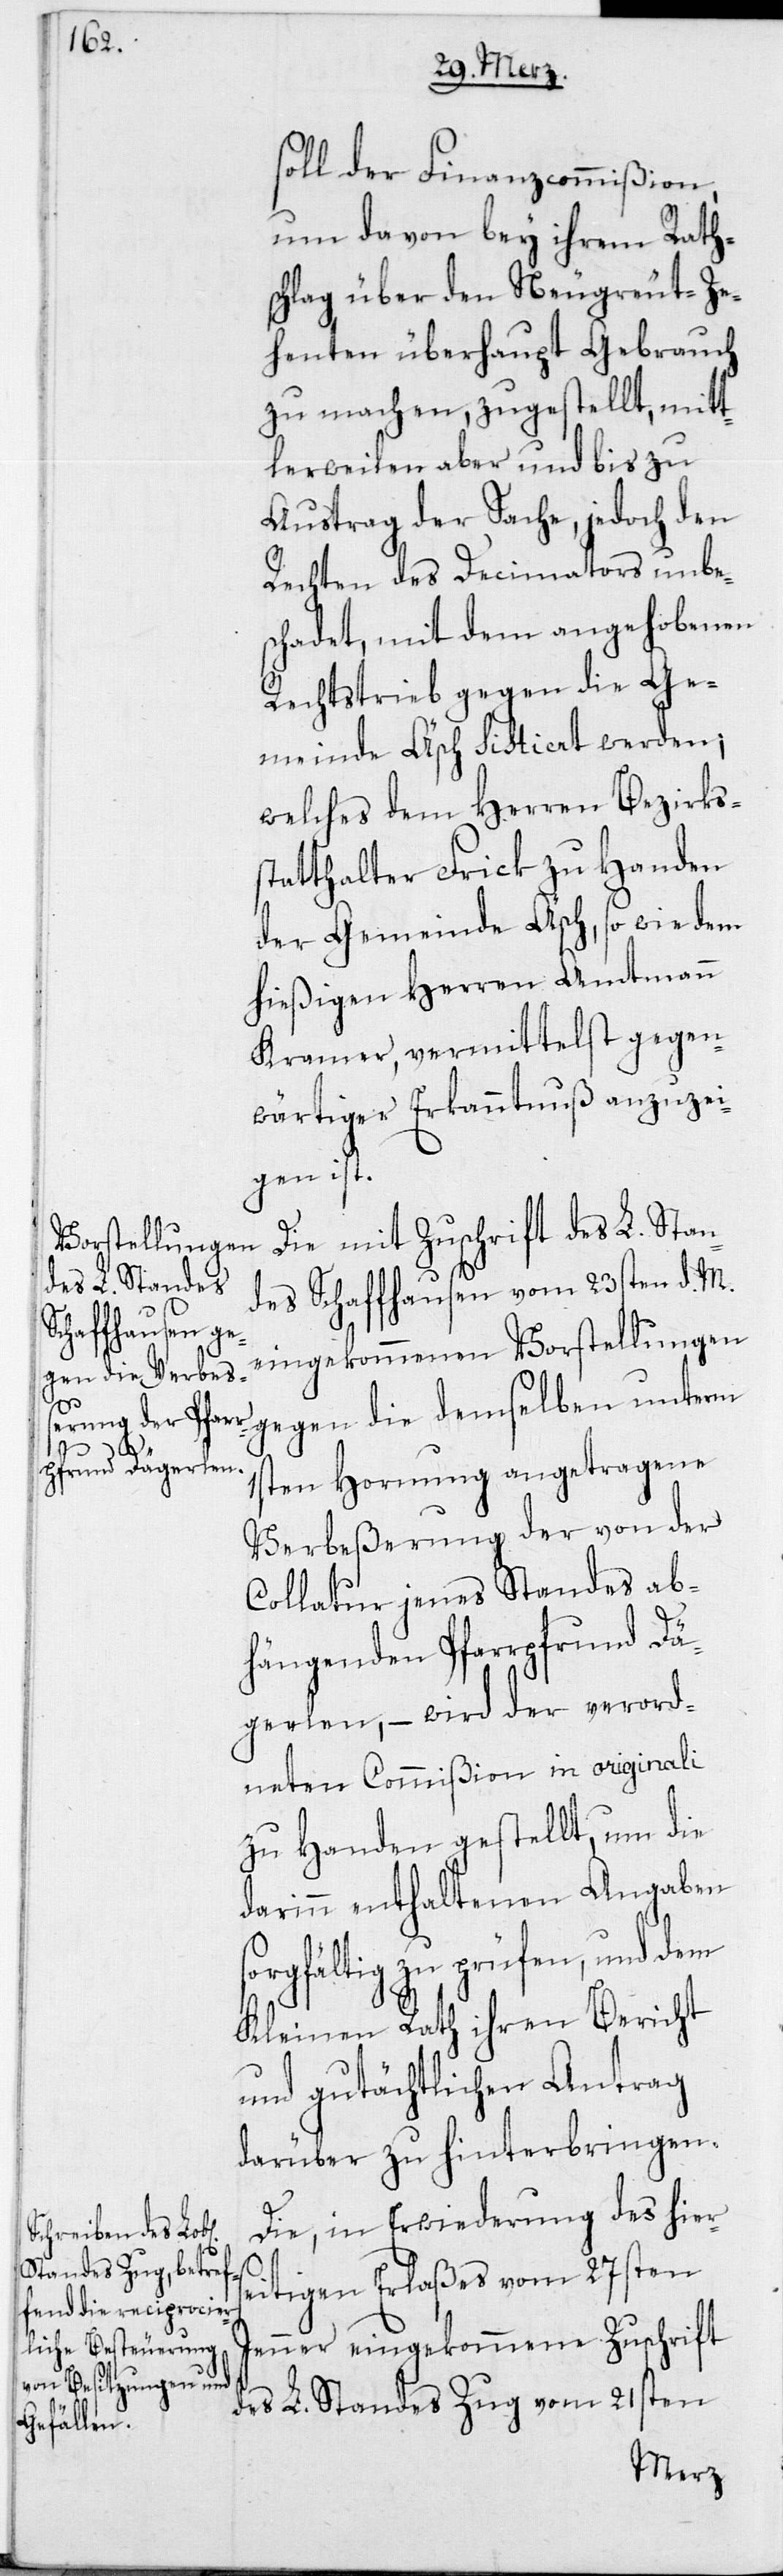
s¬

soll der Finanzcommißion,
um davon bey ihrem Raths¬
chlag über den Neugreut-Ze¬
henten überhaupt Gebrauch
zu machen, zugestellt, mitt¬
lerweilen aber und bis zu
Austrag der Sache, jedoch den
Rechten des Decimators unbe¬
schadet, mit dem angehobenen
Rechtstrieb gegen die Ge¬
meinde Äsch sistiert werden;
welches dem Herren Bezirks¬
statthalter Frick zu Handen
der Gemeinde Äsch, so wie dem
hießigen Herren Amtmann
Kramer, vermittelst gegen¬
wärtiger Erkanntnuß anzuzei¬
gen ist.
Die mit Zuschrift des L. Stan¬
des Schaffhausen vom 23sten d. M.
eingekommenen Vorstellungen
gegen die demselben unterm
1sten Hornung angetragene
Verbeßerung der von der
Collatur jenes Standes ab¬
hängenden Pfarrpfrund Dä¬
gerlen, – wird der verord¬
neten Commißion in originali
zu Handen gestellt, um die
darinn enthaltenen Angaben
orgfältig zu prüfen, und dem
Kleinen Rath ihren Bericht
und gutächtlichen Antrag
darüber zu hinterbringen.
Die, in Erwiderung des hier¬
eitigen Erlaßes vom 27sten
Jenner eingekommene Zuschrift
des L. Standes Zug vom 21sten